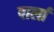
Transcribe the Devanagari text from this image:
पार्ला